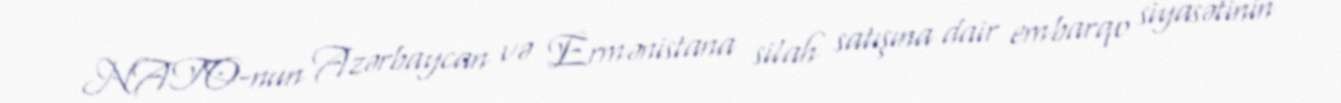
NATO-nun Azərbaycan və Ermənistana silah satışına dair embarqo siyasətinin